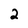
Character: 2